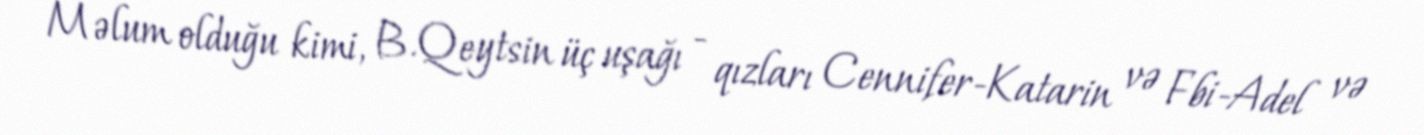
Məlum olduğu kimi, B.Qeytsin üç uşağı - qızları Cennifer-Katarin və Fbi-Adel və